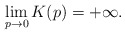
\begin{align*}\lim_{p\rightarrow 0}K(p)=+\infty.\end{align*}